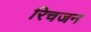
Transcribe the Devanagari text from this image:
रिचजन